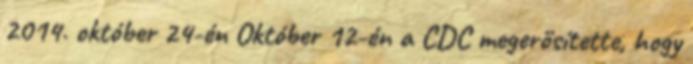
2014. október 24-én Október 12-én a CDC megerősítette, hogy